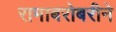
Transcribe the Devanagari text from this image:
रामाबरोबरीने